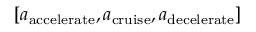
[ { a _ { \mathrm { { a c c e l e r a t e } } } } , { a _ { \mathrm { { c r u i s e } } } } , { a _ { \mathrm { { d e c e l e r a t e } } } } ]